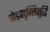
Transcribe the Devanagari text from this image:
षोड़षदृग्लिशुद्धि